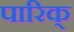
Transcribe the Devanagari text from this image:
पारिक्